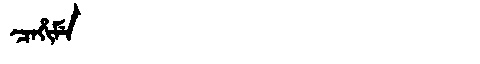
Manchu: ᠴᠠᡥᡳᠮᡝ
Romanization: CAHIME